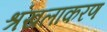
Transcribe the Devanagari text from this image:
श्रंखलाकरण